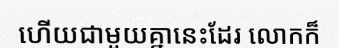
ហើយជាមួយគ្នានេះដែរ លោកក៏